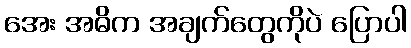
အေး အဓိက အချက်တွေကိုပဲ ပြောပါ